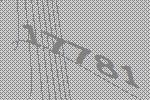
17781